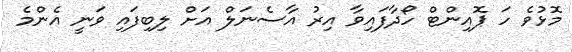
މޮޅުވެ ހަ ޕޮއިންޓް ހޯދާފައިވާ އިރު އާސެނަލް އަށް ލިބިފައި ވަނީ އެންމެ